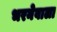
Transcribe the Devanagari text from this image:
भरनेवाला